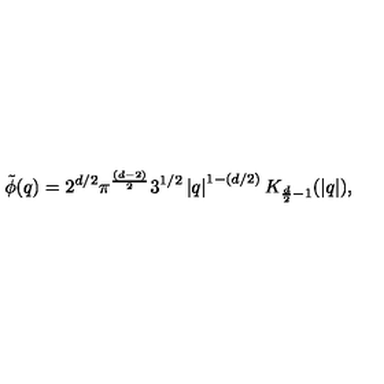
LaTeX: \tilde { \phi } ( q ) = 2 ^ { d / 2 } \pi ^ { \frac { ( d - 2 ) } { 2 } } 3 ^ { 1 / 2 } \left| q \right| ^ { 1 - ( d / 2 ) } K _ { \frac { d } { 2 } - 1 } ( \left| q \right| ) ,